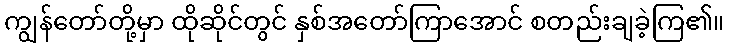
ကျွန်တော်တို့မှာ ထိုဆိုင်တွင် နှစ်အတော်ကြာအောင် စတည်းချခဲ့ကြ၏။